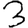
Digit: 3